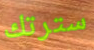
سترتك